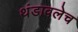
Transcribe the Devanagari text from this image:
थंडावलेच